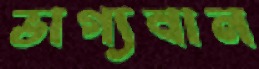
ভাগ্যবান